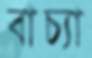
বাচ্যা